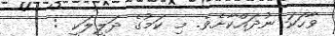
ވާހަކަ ނުދައްކާށެވެ. މި ކަމުގެ ދަލީލަކީ :